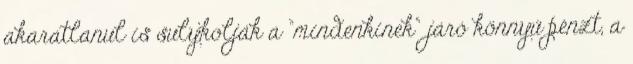
akaratlanul is sulykolják a "mindenkinek" járó könnyű pénzt, a